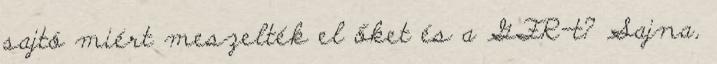
sajtó miért meszelték el őket és a GFR-t? Sajna,